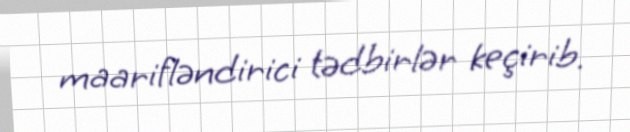
maarifləndirici tədbirlər keçirib.